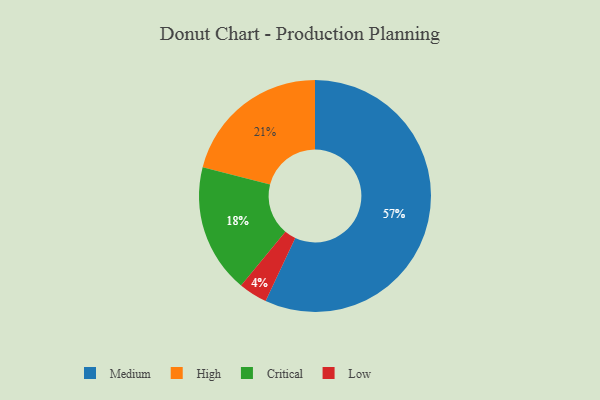
{"axis": {"x": "Category", "y": "Percentage"}, "legend": ["Critical", "High", "Low", "Medium"], "data": [{"x": "Low", "y": 4, "type": "Low"}, {"x": "Critical", "y": 18, "type": "Critical"}, {"x": "Medium", "y": 57, "type": "Medium"}, {"x": "High", "y": 21, "type": "High"}]}